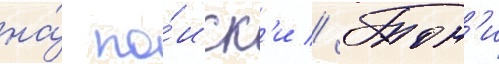
на́ по́иск'и // Тон'и